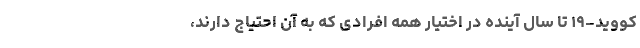
کووید-۱۹ تا سال آینده در اختیار همه افرادی که به آن احتیاج دارند،